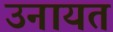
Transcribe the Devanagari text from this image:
उनायत